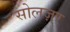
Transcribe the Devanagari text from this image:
सोलज़र